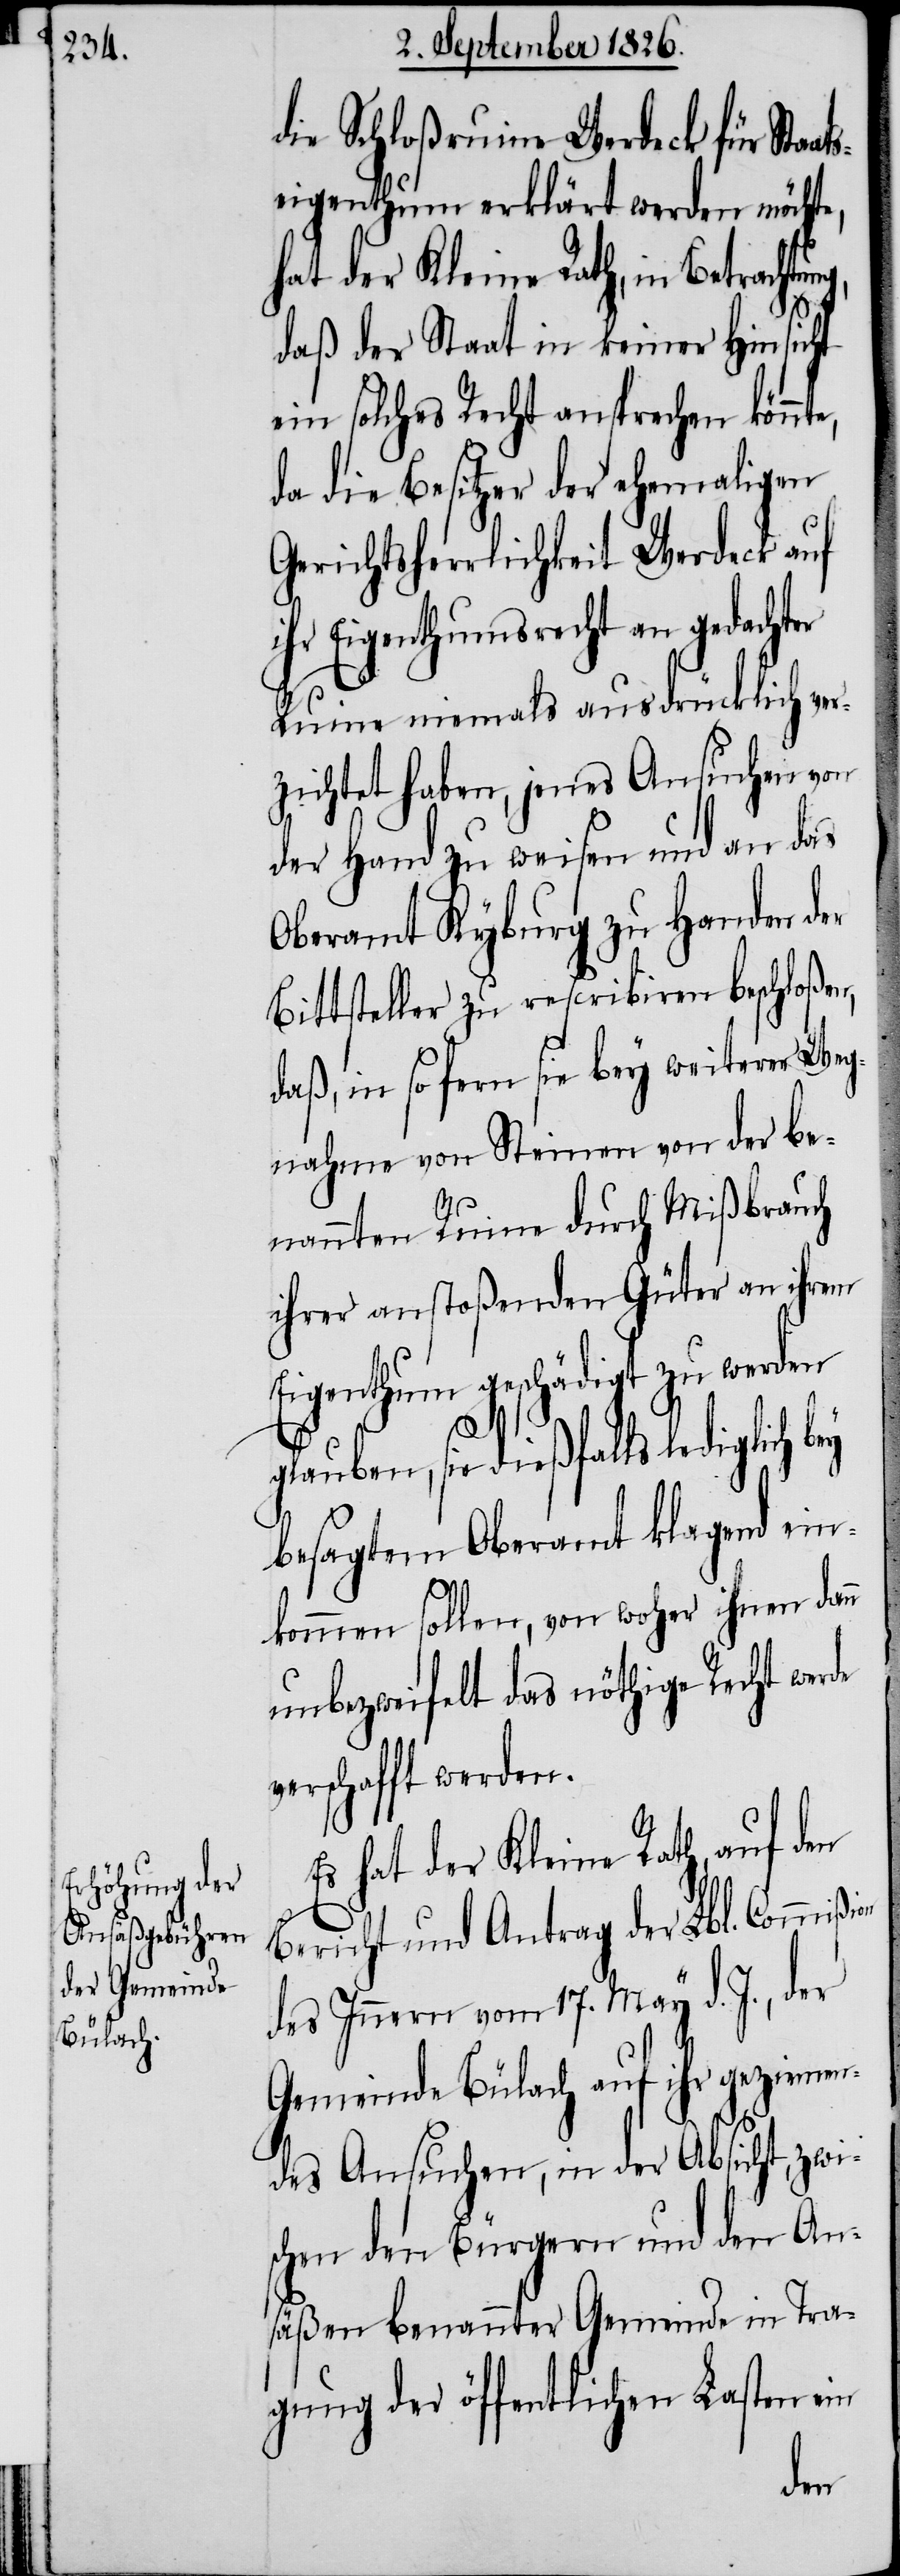
die Schloßruine Werdeck für Staat¬
seigenthum erklärt werden möchte,
hat der Kleine Rath, in Betracht¬
daß der Staat in keiner Hinsicht
ein solches Recht ansprechen könn¬
da die Besitzer der ehemaligen
Gerichtsherrlichkeit Werdeck auf
ihr Eigenthumsrecht an gedachter
Ruine niemals ausdrücklich ver¬
zichtet haben, jenes Ansuchen von
der Hand zu weisen und an das
Oberamt Kyburg zu Handen der
Bittsteller zu rescribiren beschloßen,
daß, in so fern sie bey weiterer Weg¬
nahme von Steinen von der be¬
nannten Ruine durch Mißbrauch
ihrer anstoßenden Güter an ihrem
Eigenthum geschädigt zu werden
glauben, sie dießfalls lediglich
besagtem Oberamt klagend ein¬
kommen sollen, von woher ihnen dan¬
n unbezweifelt das nöthige Recht werde
verschafft werden.
Es hat der Kleine Rath, auf den
Bericht und Antrag der Lbl. Commiß¬
des Innern vom 17. May d. J., der
Gemeinde Bülach auf ihr geziemen¬
des Ansuchen, in der Absicht, zwi¬
schen den Bürgern und den An¬
säßen benannter Gemeinde in Tra¬
gung der öffentlichen Lasten ein
ion